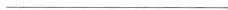
___